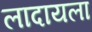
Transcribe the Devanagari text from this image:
लादायला